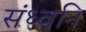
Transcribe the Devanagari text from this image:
संध्वनि